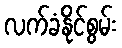
လက်ခံနိုင်စွမ်း